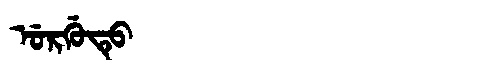
Manchu: ᡠᡵᡤᡠᡨᡠ
Romanization: URGUTU